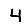
Digit: 4